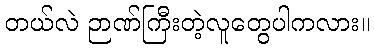
တယ်လဲ ဉာဏ်ကြီးတဲ့လူတွေပါကလား။